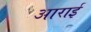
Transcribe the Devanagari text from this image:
आराई